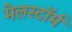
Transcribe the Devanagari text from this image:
मेलस्टाॅर्म